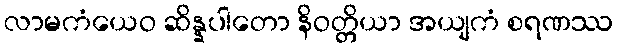
လာမကံယေဝ ဆိန္နပါတော နိဝတ္တိယာ အယျကံ စရဏဿ